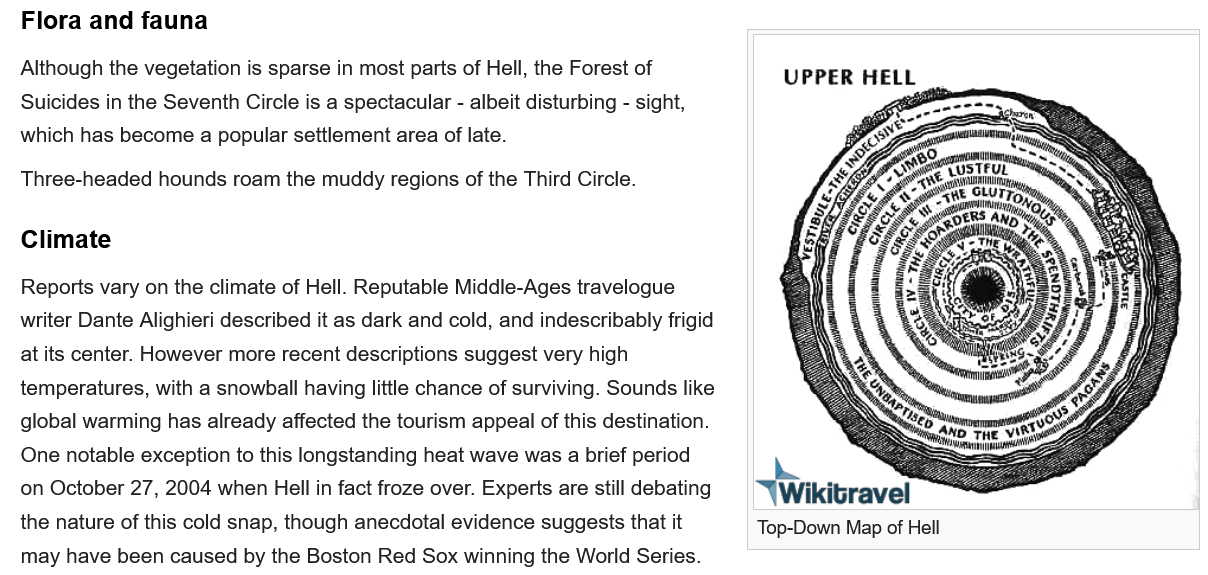
Flora and  fauna
   Climate
     UPPER  HELL
     Top-Down Map of Hell
   Although the vegetation is sparse in most parts of Hell, the Forest of
   Suicides in the Seventh Circle is a spectacular -
     albeit disturbing - sight,
   which has become a popular settlement area of late.
   Three-headed hounds roam the muddy regions of the Third Circle.
   Reports vary on the climate of Hell. Reputable Middle-Ages travelogue
   writer Dante Alighieri described it as dark and cold, and indescribably frigid
   at its center. However more recent descriptions suggest very high
   temperatures, with a snowball having little chance of surviving. Sounds like
   global warming has already affected the tourism appeal of this destination.
   One notable exception to this longstanding heat wave was a brief period
   on October 27, 2004 when Hell in fact froze over. Experts are still debating
   the nature of this cold snap, though anecdotal evidence suggests that it
   may have been caused by the Boston Red Sox winning the World Series.